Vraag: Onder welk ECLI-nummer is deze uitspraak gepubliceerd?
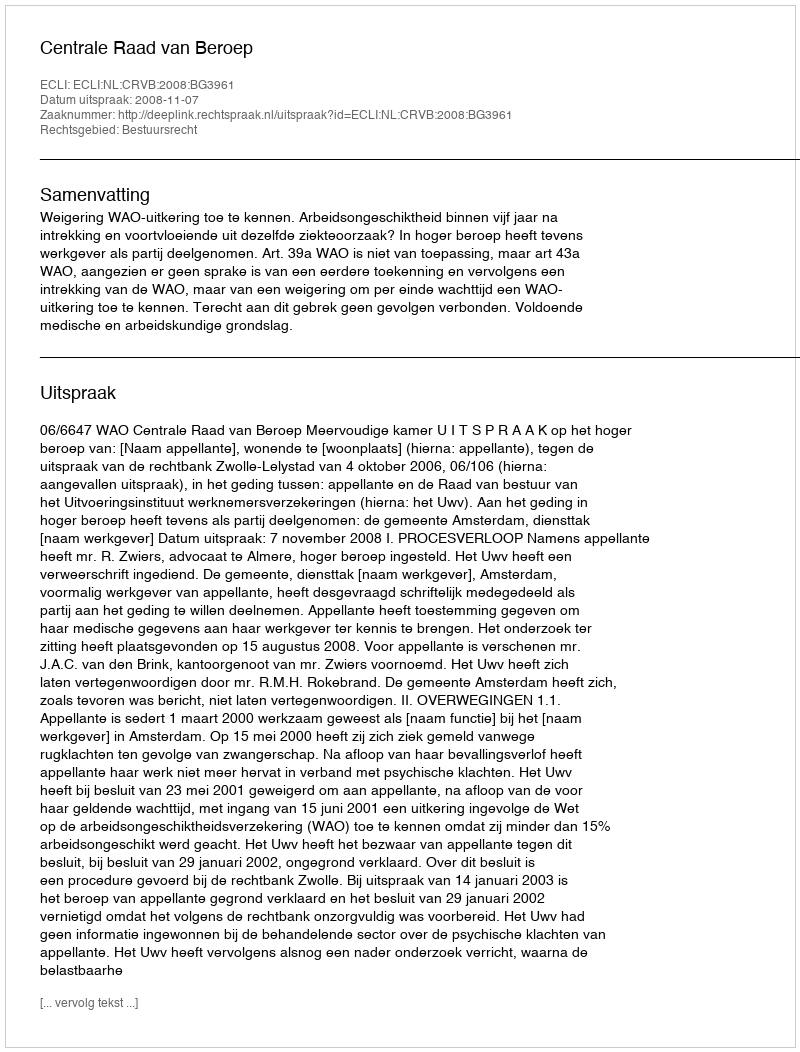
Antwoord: ECLI:NL:CRVB:2008:BG3961